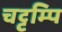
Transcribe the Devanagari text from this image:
चट्टम्पि